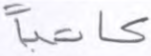
كاتبا